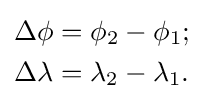
{\begin{aligned}\Delta \phi &=\phi _{2}-\phi _{1};\\\Delta \lambda &=\lambda _{2}-\lambda _{1}.\end{aligned}}\,\!